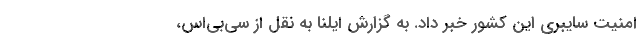
امنیت سایبری این کشور خبر داد. به گزارش ایلنا به نقل از سی‌بی‌اس،